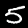
Digit: 5